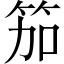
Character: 笳